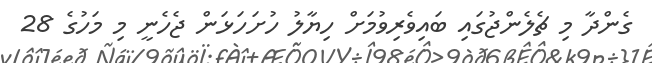
ގެންދާ މި ޗެލެންޖުގައި ބައިވެރިވުމަށް ހިޔާލު ހުށަހަޅަން ޖެހެނީ މި މަހުގެ 28